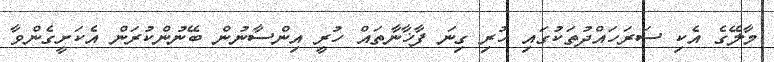
މާލޭގެ އެކި ސަރަހައްދުތަކުގައި ހުރި ގިނަ ފާޚާނާތައް ހުރީ އިންސާނުން ބޭނުންކުރަން އެކަށީގެންވާ